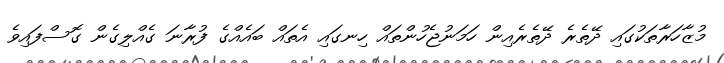
މުޒާހަރާތަކުގައި ދޭތެރެ ދޭތެރެއިން ހަމަނުޖެހުންތައް ހިނގައި އެތައް ބައެއްގެ ފުރާނަ ގެއްލިގެން ގޮސްފައިވެ